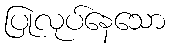
ပြုလုပ်နေသော